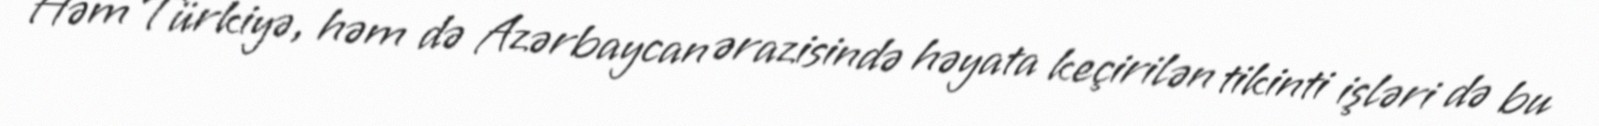
Həm Türkiyə, həm də Azərbaycan ərazisində həyata keçirilən tikinti işləri də bu